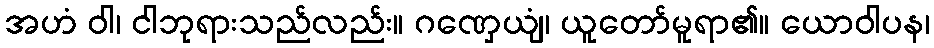
အဟံ ဝါ၊ ငါဘုရားသည်လည်း။ ဂဏှေယျံ၊ ယူတော်မူရာ၏။ ယောဝါပန၊